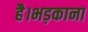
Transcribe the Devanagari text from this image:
है।भड़काना